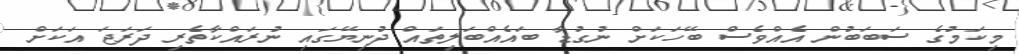
މިކަމުގެ ސަބަބުން އެއްވެސް ބޭހަކަށް ނުގުޑާ ބައެއްބަލިތައް ދުނިޔޭގައި ނުރައްކާތެރި ދަރަޖަ އަކަށް